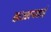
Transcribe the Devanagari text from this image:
कज्जनबाई